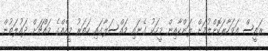
ރައީސް އަވަހާރަކޮށްލުމަށް ލަންކާއިން މީހަކު ގެނައި މައްސަލާގައި ހަތަރު މީހެއްގެ މައްޗަށް ދައުލަތުން